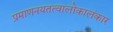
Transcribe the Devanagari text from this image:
प्रमाणनयतत्वालोकालंकार